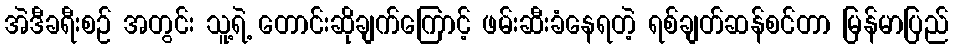
အဲဒီခရီးစဉ် အတွင်း သူ့ရဲ့ တောင်းဆိုချက်ကြောင့် ဖမ်းဆီးခံနေရတဲ့ ရစ်ချတ်ဆန်စင်တာ မြန်မာပြည်